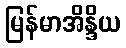
မြန်မာအိန္ဒိယ